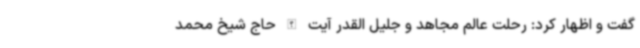
گفت و اظهار کرد: رحلت عالم مجاهد و جلیل القدر آیت الله حاج شیخ محمد